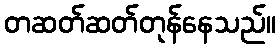
တဆတ်ဆတ်တုန်နေသည်။